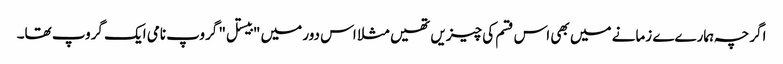
اگرچہ ہمارےے زمانے میں بھی اس قسم کی چیزیں تھیں مثلا اس دور میں "بیستل" گروپ نامی ایک گروپ تھا۔